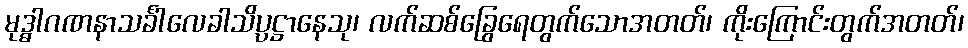
မုဒ္ဓါဂဏနာသင်္ခါလေခါသိပ္ပဋ္ဌာနေသု၊ လက်ဆစ်ခြွေရေတွက်သောအတတ်၊ ကိုးကြောင်းတွက်အတတ်၊